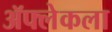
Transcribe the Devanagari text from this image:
ॲफ्लेकला